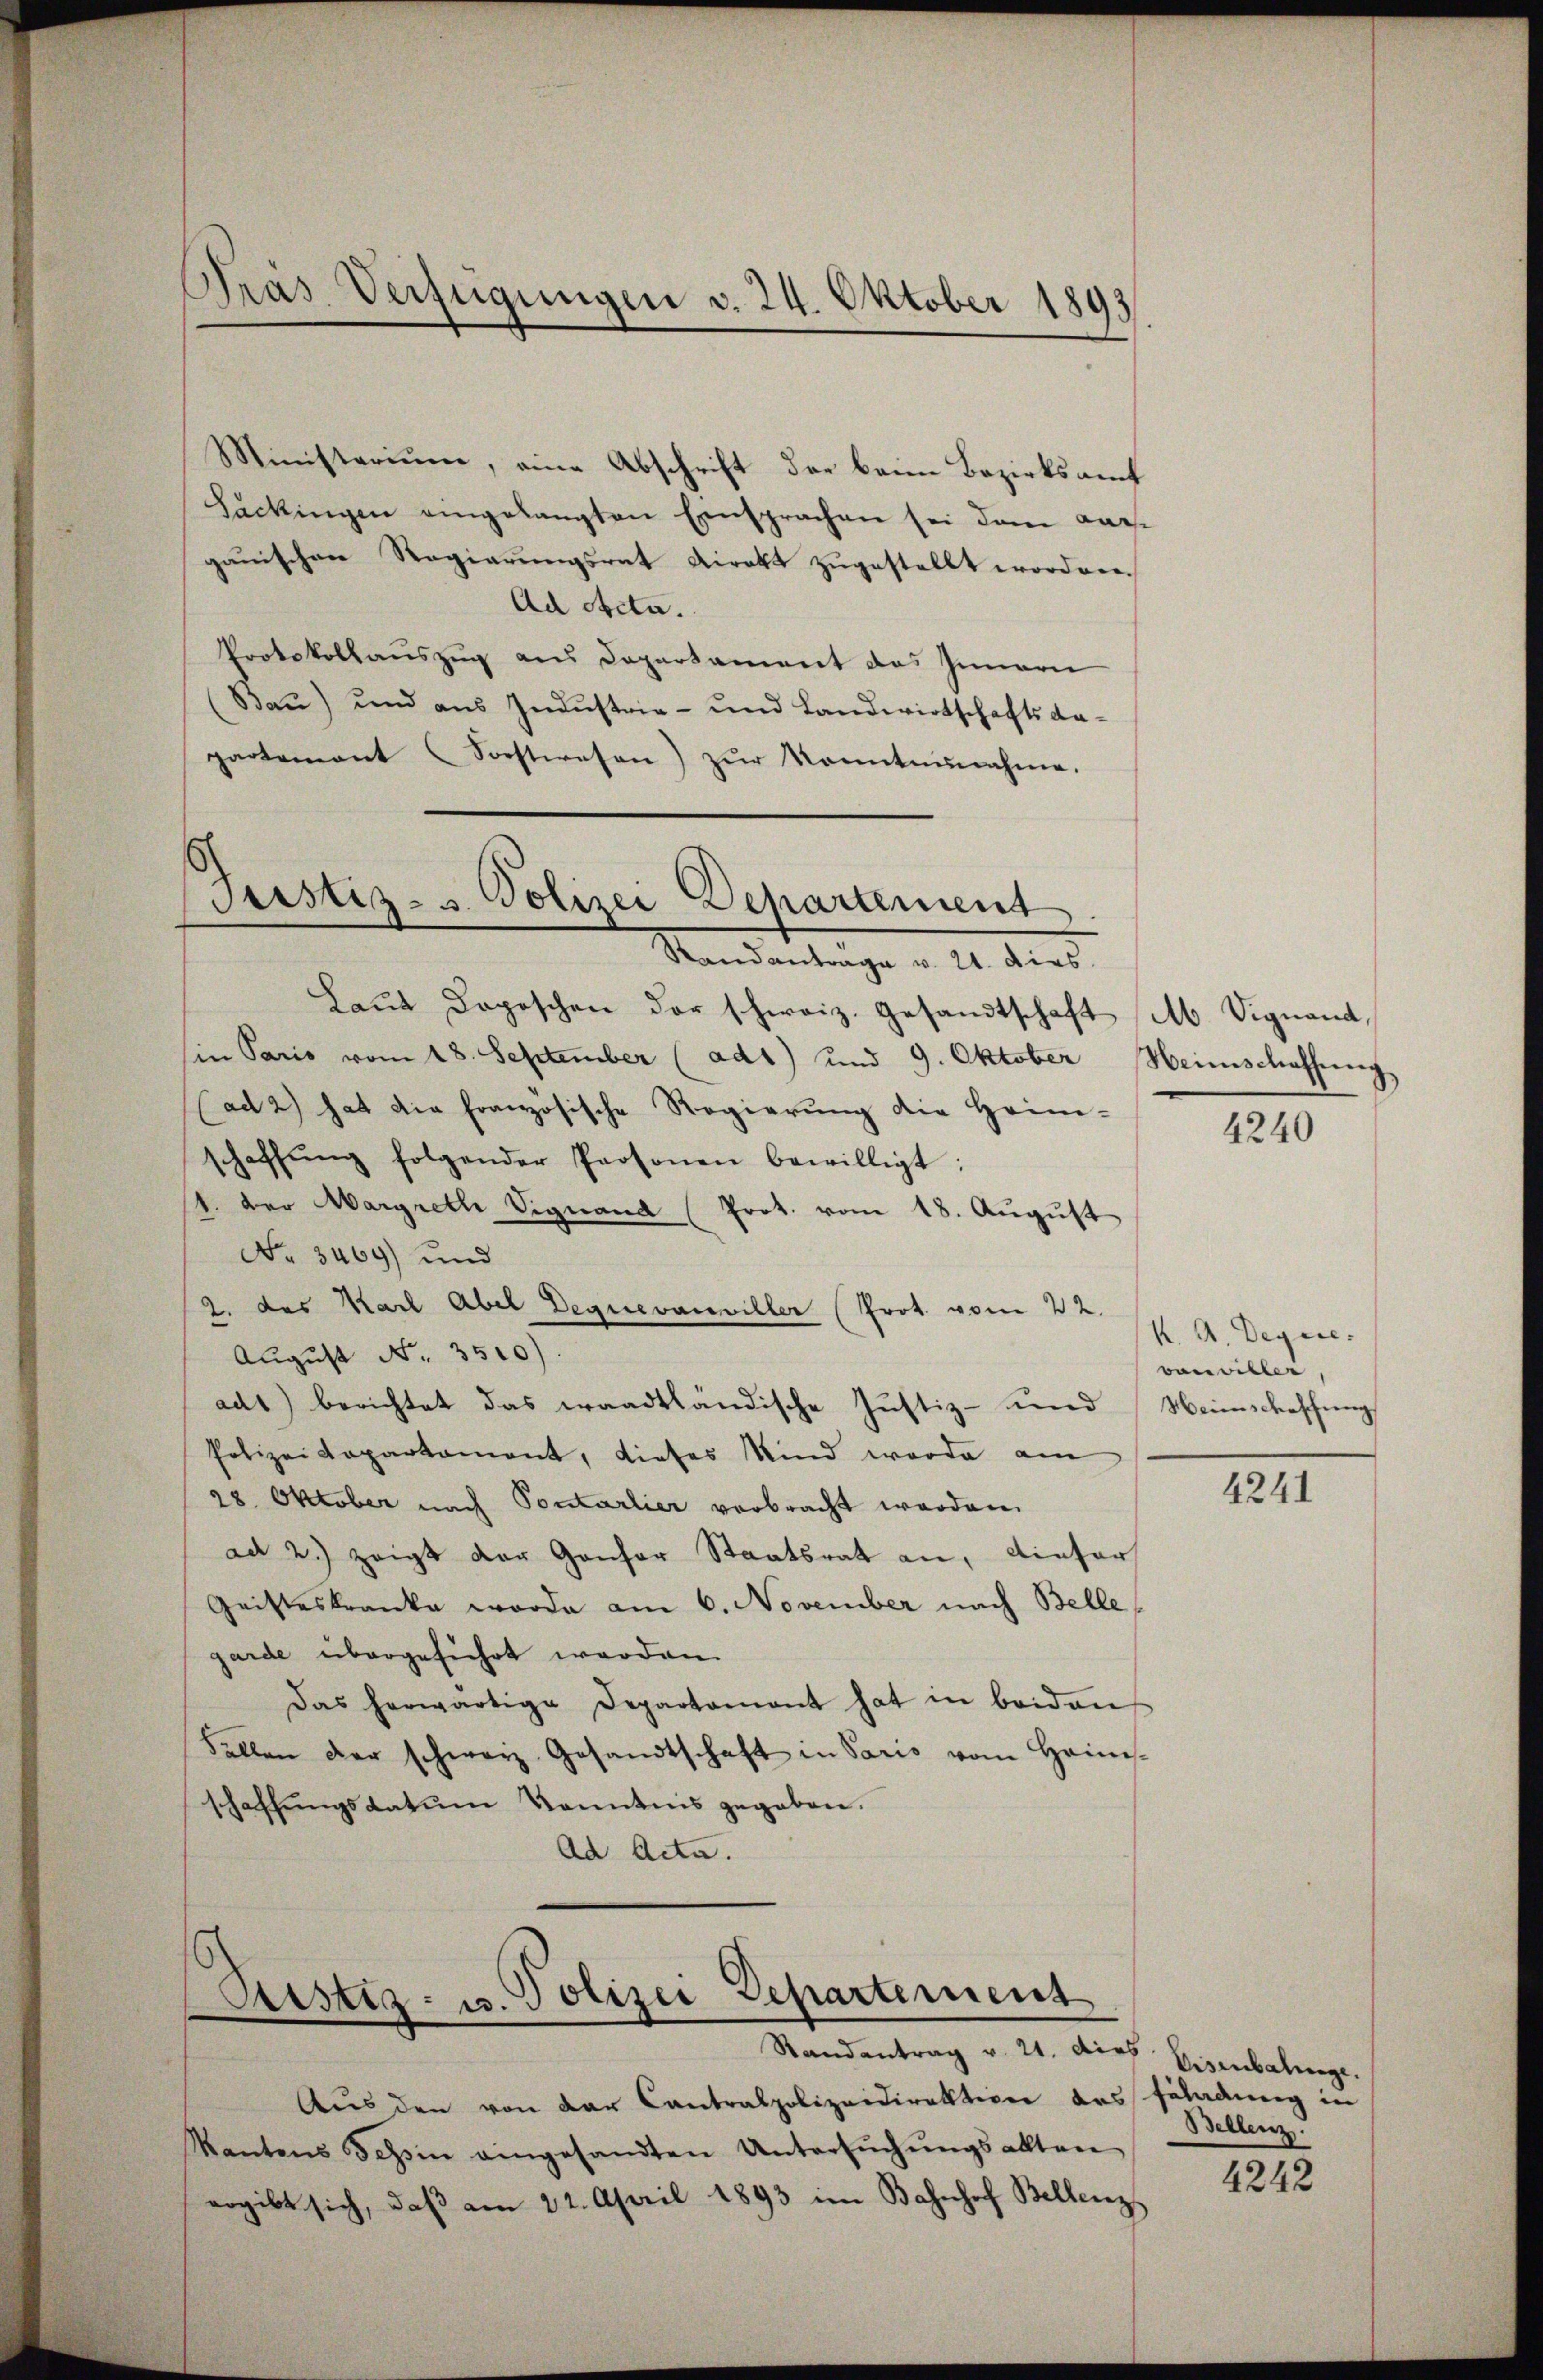
Pras Verfügungen v. 24. Oktober 1893

Ministerium, eine Abschrift der beim Bezirksamt
Sackingen eingelangten Einsprachen sei dem Karganischen Regierŭngsrat Direkt zŭgestellt worden.
Ad Acta.
Protokollauszug aus Departament das Innern
Baŭ) und aŭs Indŭstrie- und Landwirtschafts da-
partement (Sorstwesen) zŭr Konntaŭnahme.

erstiz- u. Polizei Departement

Sistiz- u. Polizei Departement
Randantrag v. 21. dies Eisenbalinge.

Standantrage v. 21. dies
Laut Depeschen der schweiz. Gesandtschaft ab Signand,
in Paris vom 18. September (ad1) und 9. Oktober Heimschaffung,
(ad 2) hat die französische Regierŭng die Heim-
schaffŭng folgender Personen bewilligt:
1. der Margreth Signand (Prot. vom 18. Aŭgŭst
No 3469) und
2. des Karl Abel Deguevanviller (Prot. vom 22.
August No. 3510).
adt) berichtet das waadtländische Justiz- und Weinschaschung
Polizeidepartament, dieses Kind werde am
28. Oktober nach Pontarlier verbracht worden.
ad 2.) zeigt der Gansor Staatsrat an, diefer
Geisteskranke werde am 6. November nach Belle
garde übergeführt werden.
Das herwärtige Departamant hat in beiden
Fellen der schweiz. Gesandtschaft in Paris vom Haims-
schaffungsdatum kanntnis gegeben.
Ad Acta.

Aus den von der Cantralpolizeidirektion des Erladung in
Kantons Tessin eingesandten Untersŭchŭngsaktere
ergibt sich, daβ am 22. April 1893 im Bahnhof Bellenz,

4240

K. A. Depese.
vareviller,

4241

Bellenz.

4242